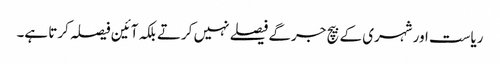
ریاست اور شہری کے بیچ جرگے فیصلے نہیں کرتے بلکہ آئین فیصلہ کرتا ہے۔